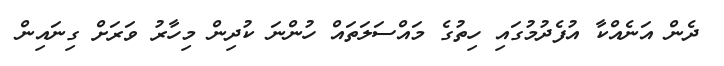
ދެން އަނެއްކާ އުފެދުމުގައި ހިތުގެ މައްސަލަތައް ހުންނަ ކުދިން މިހާރު ވަރަށް ގިނައިން